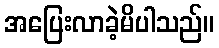
အပြေးလာခဲ့မိပါသည်။